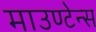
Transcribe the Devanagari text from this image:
माउण्टेन्स